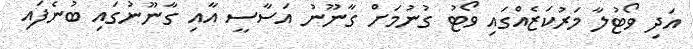
އަދި ވޯޓުލާ މަރުކަޒެއްގައި ވޯޓު ގުނުމަށް ގާނޫނު އަސާސީ އާއި ގާނޫނުގައި ބުނެފައި